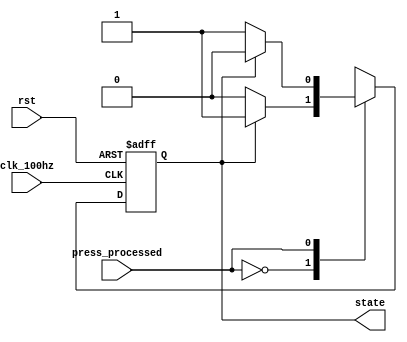
`timescale 1ns / 1ps
//////////////////////////////////////////////////////////////////////////////////
// Company: 
// Engineer: 
// 
// Design Name: 
// Module Name: FSM
// Project Name: 
// Target Devices: 
// Tool Versions: 
// Description: 
// 
// Dependencies: 
// 
// Revision:
// Revision 0.01 - File Created
// Additional Comments:
// 
//////////////////////////////////////////////////////////////////////////////////
`define count 1'b1
`define pause 1'b0

module FSM(clk_100hz, rst, press_processed, state);
    input clk_100hz, rst;
    input press_processed;
    output state;
    
    reg state, state_next;
    
    always @* begin
        case(press_processed)
            1'b0: begin
                if(state == `count) state_next = `count;
                else state_next = `pause;                
            end
            1'b1: begin
                if(state == `count) state_next = `pause;
                else state_next = `count;
            end
        endcase
    end
    
    always @(posedge clk_100hz or negedge rst) begin
        if(~rst) begin
            state <= 1'b0;
        end
        else begin
            state <= state_next;
        end
    end
endmodule